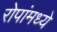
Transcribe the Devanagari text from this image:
रोपांमध्ये